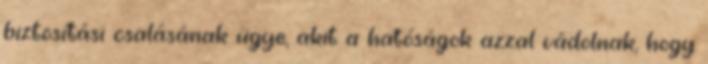
biztosítási csalásának ügye, akit a hatóságok azzal vádolnak, hogy